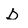
Character: D